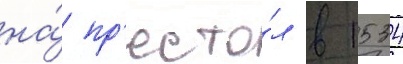
на́ пр'есто́л в 1534